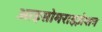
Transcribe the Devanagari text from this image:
आइसोमराइज़ेशन